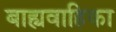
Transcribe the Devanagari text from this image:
बाह्यवाहिका